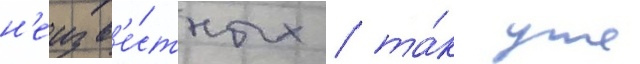
н'еизв'е́стных / та́к уже